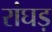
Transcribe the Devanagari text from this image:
रांघड़